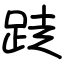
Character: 跿